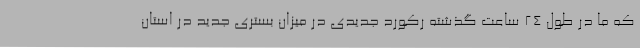
که ما در طول ۲۴ ساعت گذشته رکورد جدیدی در میزان بستری جدید در استان